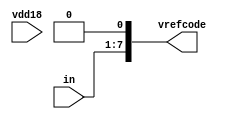
module bw_io_ddr_vref_logic_high(in,vrefcode,vdd18);
input vdd18;
input [7:1] in;
output [7:0] vrefcode;

assign vrefcode[7:0] = {in[7:1],1'b0};
endmodule